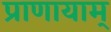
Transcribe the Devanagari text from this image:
प्राणायाम्